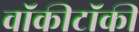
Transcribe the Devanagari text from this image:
वॉकीटॉकी